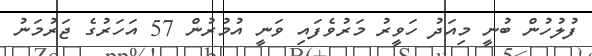
ފުލުހުން ބުނީ މިއަދު ހަވީރު މަރުވެފައި ވަނީ އުމުރުން 57 އަހަރުގެ ޖަރުމަނު